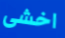
اخشى